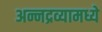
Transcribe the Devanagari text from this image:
अन्नद्रव्यामध्ये